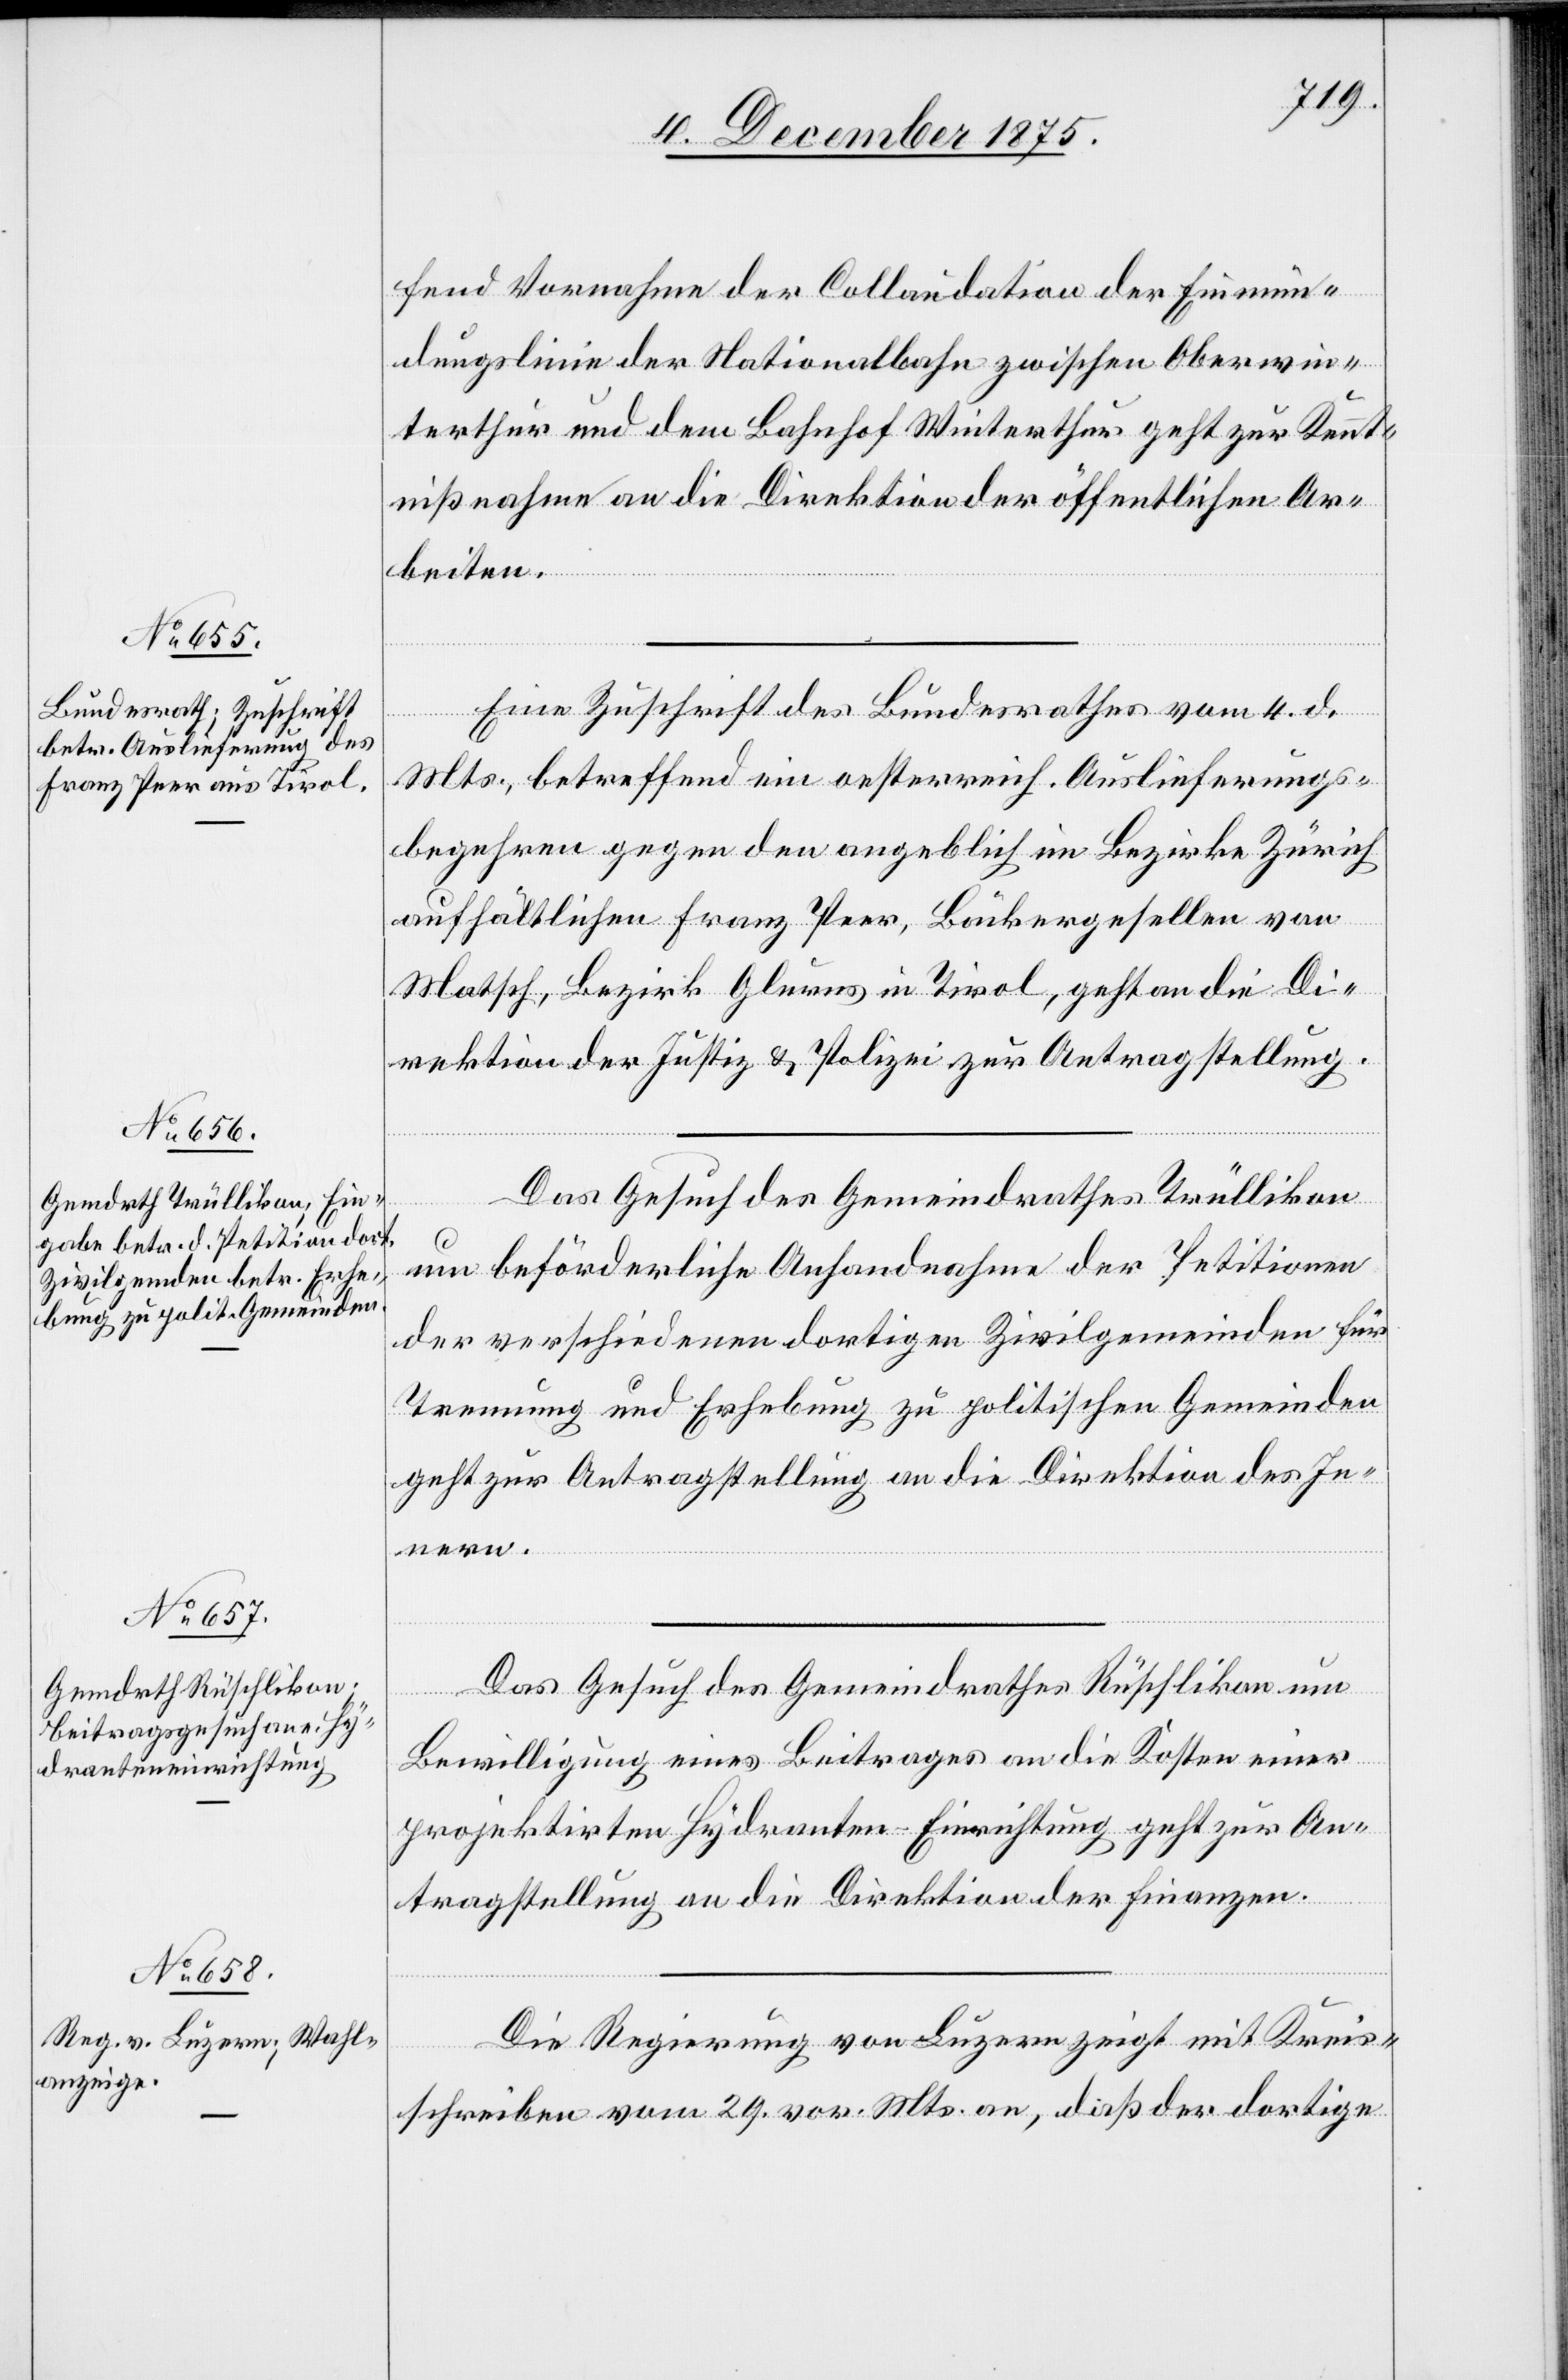
7. December 1875.]
fend Vornahme der Collaudation der Einmün¬
dungslinie der Nationalbahn zwischen Oberwin¬
terthur und dem Bahnhof Winterthur geht zur Kennt¬
nißnahme an die Direktion der öffentlichen Ar¬
beiten.
Mts., betreffend ein oesterreich. Auslieferungs¬
begehren gegen den angeblich im Bezirke Zürich
aufhältlichen Franz Peer, Bäckergesellen von
Matsch, Bezirk Glurns in Tirol, geht an die Di¬
rektion der Justiz & Polizei zur Antragstellung.
Das Gesuch des Gemeindrathes Trüllikon
um beförderliche Anhandnahme der Petitionen
der verschiedenen dortigen Zivilgemeinden für
Trennung und Erhebung zu politischen Gemeinden
geht zur Antragstellung an die Direktion des In¬
nern.
vom 4.
Das Gesuch des Gemeindrathes Rüschlikon um
Bewilligung eines Beitrages an die Kosten einer
projektirten Hydranten-Einrichtung geht zur An¬
tragstellung an die Direktion der Finanzen.
Die Regierung von Luzern zeigt mit Kreis¬
schreiben vom 29. vor. Mts. an, daß der dortige